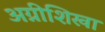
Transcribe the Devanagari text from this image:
अग्नीशिखा